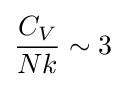
{\frac {C_{V}}{Nk}}\sim 3